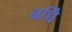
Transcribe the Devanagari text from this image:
बच्चेि